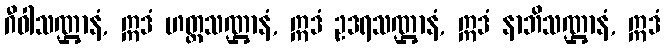
ဂီဝါသဏ္ဌာနံ, ဣဒံ ဟတ္ထသဏ္ဌာနံ, ဣဒံ ဥဒရသဏ္ဌာနံ, ဣဒံ နာဘိသဏ္ဌာနံ, ဣဒံ